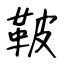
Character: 鞁